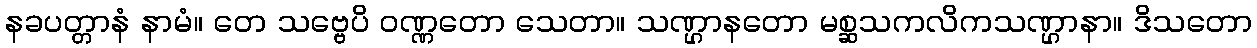
နခပတ္တာနံ နာမံ။ တေ သဗ္ဗေပိ ဝဏ္ဏတော သေတာ။ သဏ္ဌာနတော မစ္ဆသကလိကသဏ္ဌာနာ။ ဒိသတော